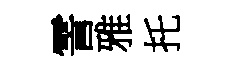
霅雅托